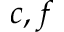
c , f